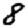
Digit: 8